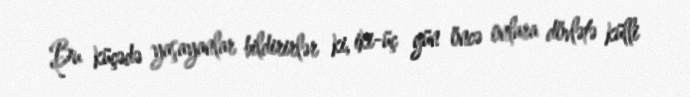
Bu küçədə yaşayanlar bildirirlər ki, iki-üç gün öncə onlara dövlətə külli